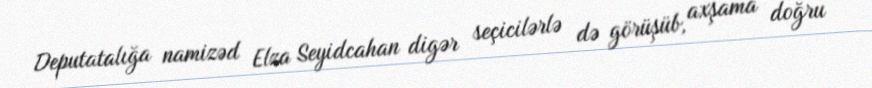
Deputatalığa namizəd Elza Seyidcahan digər seçicilərlə də görüşüb, axşama doğru